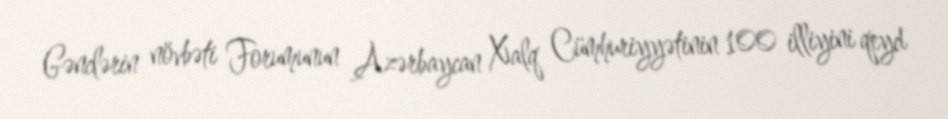
Gənclərin növbəti Forumunun Azərbaycan Xalq Cümhuriyyətinin 100 illiyini qeyd